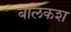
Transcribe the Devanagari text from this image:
बालकश